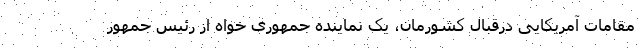
مقامات آمریکایی درقبال کشورمان، یک نماینده جمهوری خواه از رئیس جمهور